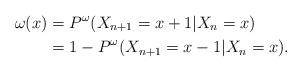
LaTeX: \begin{align*} \omega(x)&= P^\omega(X_{n+1}=x+1|X_n=x)\\ &=1-P^\omega(X_{n+1}=x-1|X_n=x).\end{align*}